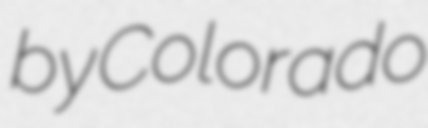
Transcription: by Colorado